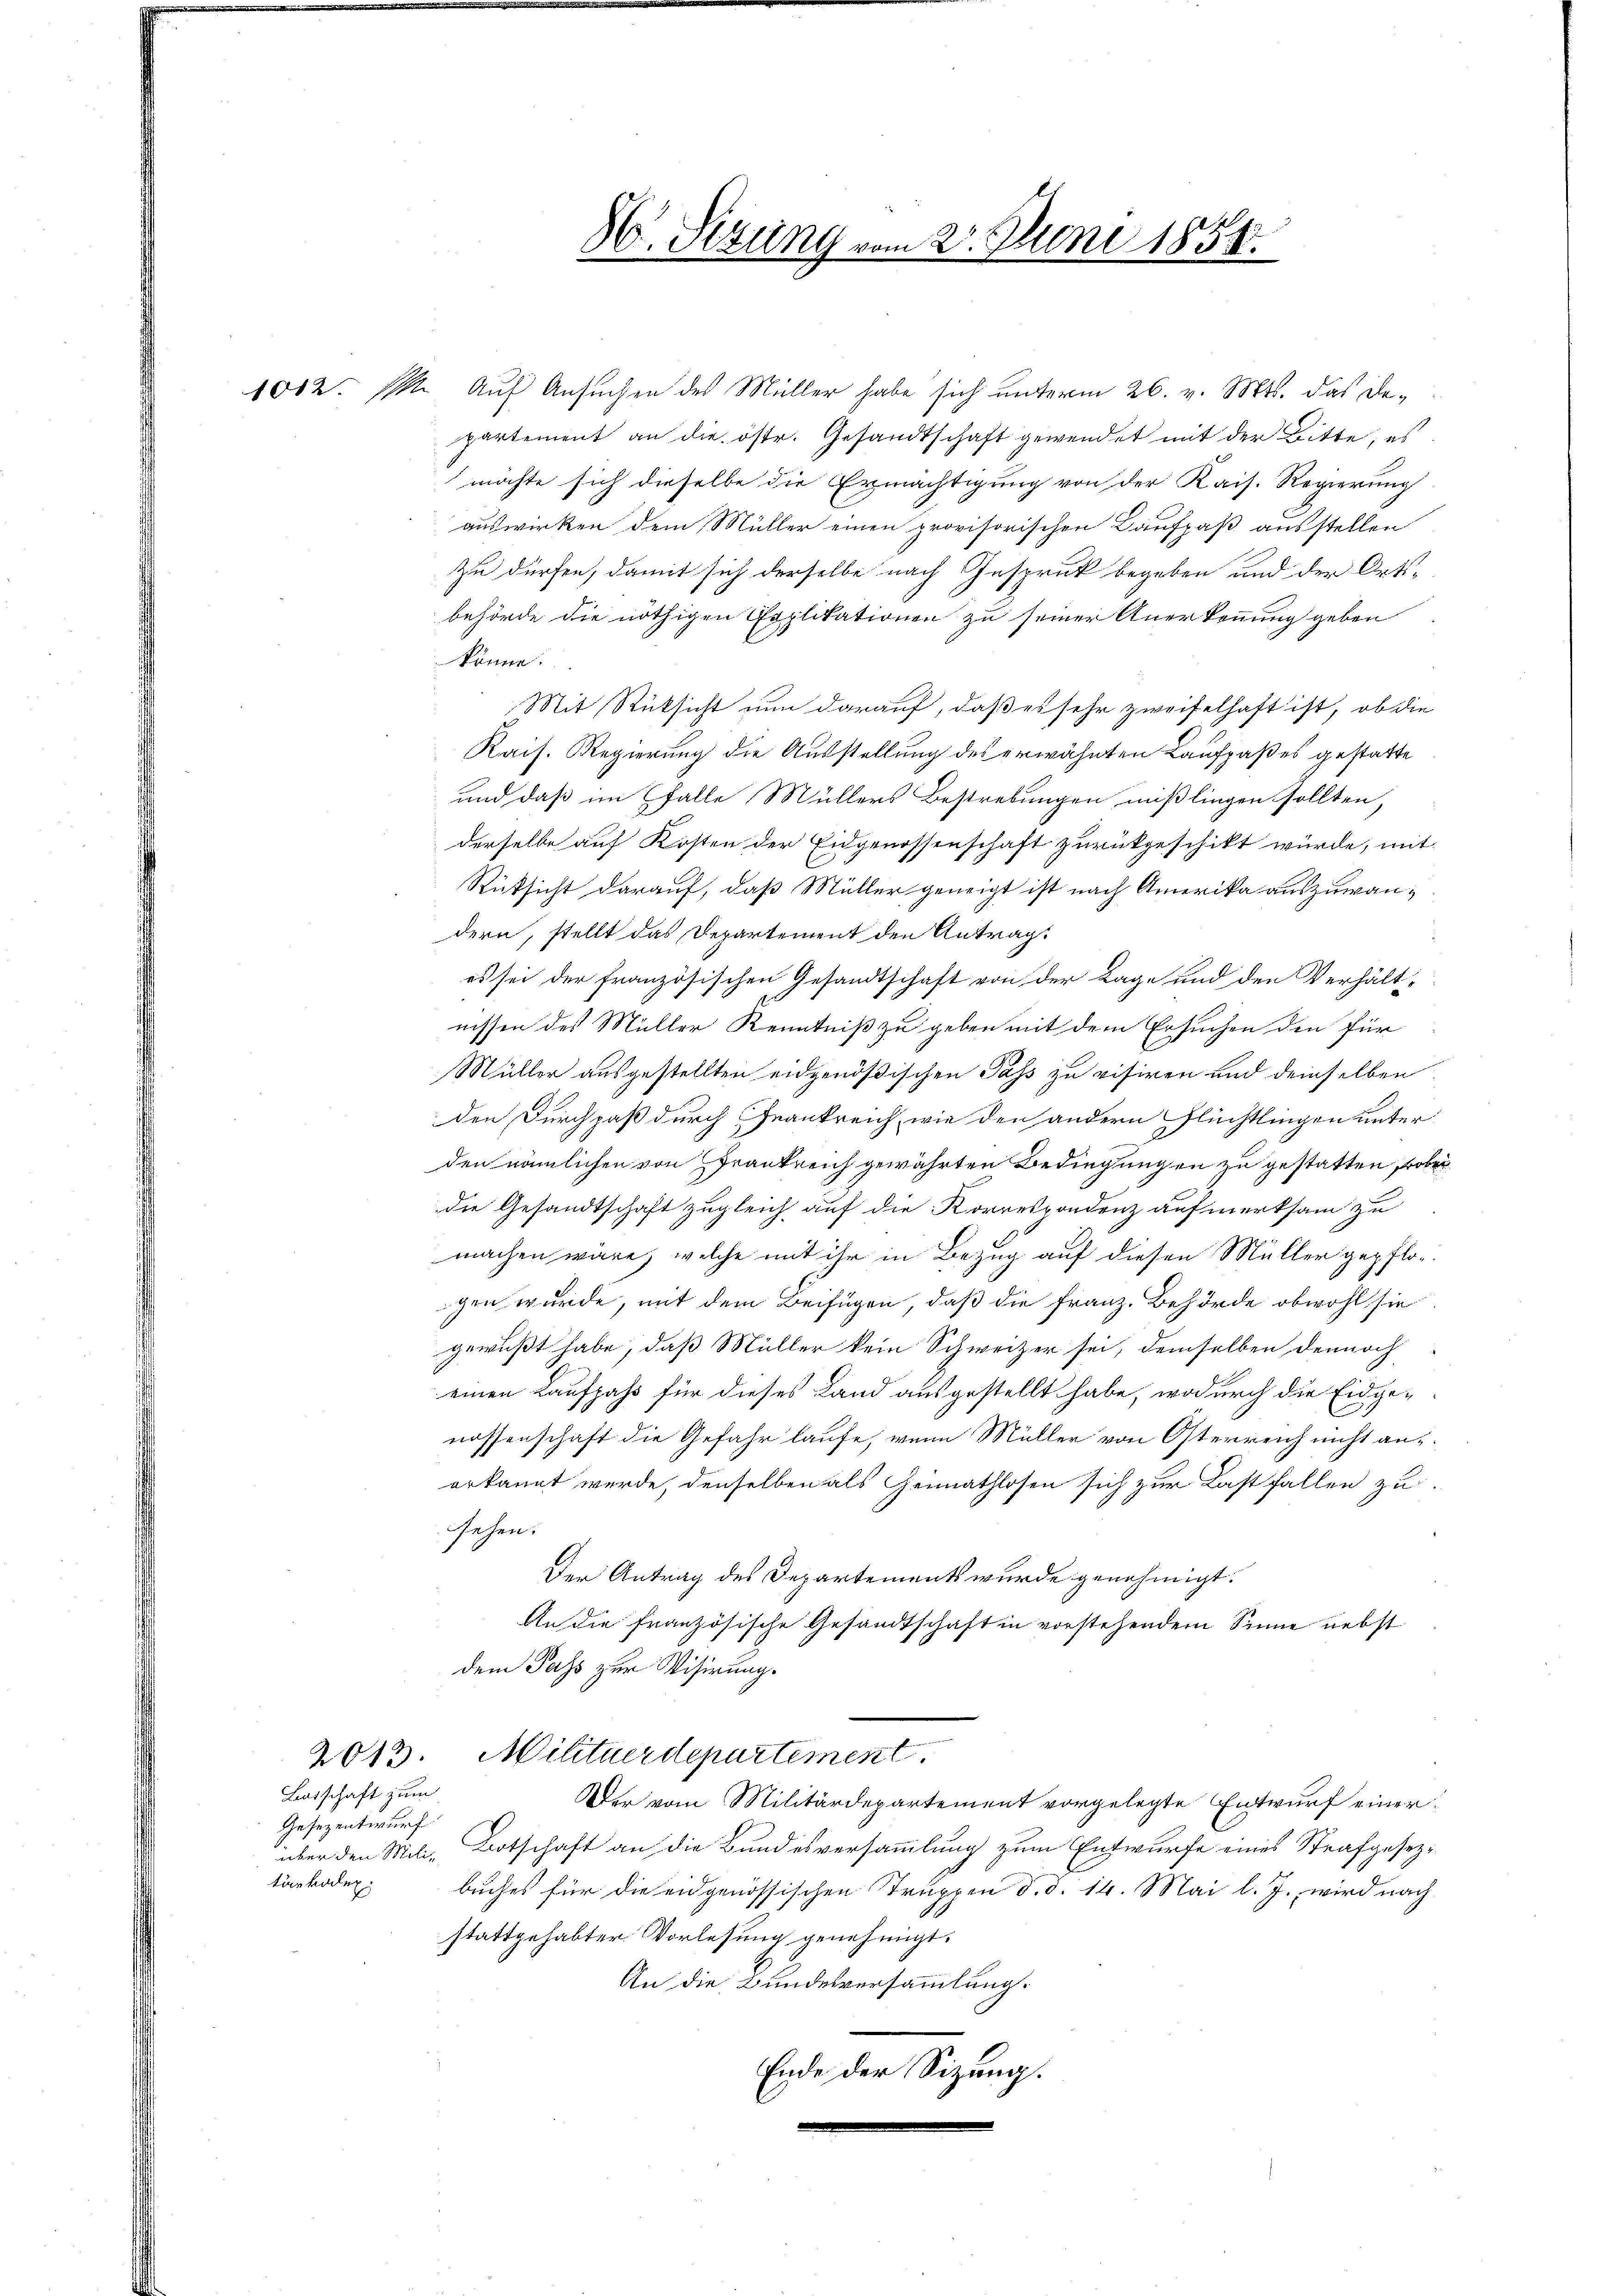
1082. 1. Auf Ansuchen des Müller habe sich unterm 26. v. Mts. das Departement an die östr. Gesandtschaft gewendet mit der Bitte, es
möchte sich dieselbe die Ermächtigung von der Kais. Regierung
auswirken dem Müller einen provisorischen Kaufpaß ausstellen

zu dürfen, damit sich derselbe nach Gespruk begeben und der Orts-
behörde die nöthigen Coplikationen zu seiner Anerkennung geben
könne.
Mit Rüksicht nun darauf, daß es sehr zweifelhaft ist, ob die
Kais. Regierung die Ausstellung des erwähnten Laufpaßes gestatte
und daß im Falle Müllers Bestrebungen mißlingen sollten,
derselbe auf Kosten der Eidgenossenschaft zurückgeschikt würde, mit
Rüksicht darauf, daß Müller geneigt ist nach Amerika auszuwandern, stellt das Departement den Antrag
es sei der französischen Gesandtschaft von der Lage und den Verhält
nissen des Müller Kenntniß zu geben mit dem Ersuchen den für
Müller ausgestellten eidgenößischen Pass zu visiren und demselben
den Durchpaß durch Frankreich, wie den andern Flüchtlingen unter
den nämlichen von Frankreich gewährten Bedingungen zu gestatten, wobei
die Gesandtschaft zugleich auf die Korrespondenz aufmerksam zu
machen wäre, welche mit ihr in Bezug auf diesen Müller gepflogen wurde, mit dem Beifügen, daß die Franz. Behörde obwohl sie
gewußt habe, daß Müller kein Schweizer sei, demselben dennoch
einen Laufzahs für dieses Land ausgestellt habe, wodurch die Eidgenossenschaft die Gefahr laufe, wenn Müller von Osterreich nicht an
erkannt werde, denselben als Heimathlosen sich zur Last fallen zu
sehen.
Der Antrag des Departements wurde genehmigt.
An die französische Gesandtschaft in vorstehendem Sinne nebst
dem Pass zur Visirung.
2013. Militaerdepartement
Der vom Militärdepartement vorgelegte Entwurf einer
über den Mili-Botschaft an die Bundesversammlung zum Entwurfe eines Strafgesezbuches für die eidgenössischen Truppen d. d. 14. Mai l. J., wird nach
stattgehabter Vorlesung genehmigt.
An die Bundesversammlung.
Ende der Sizung.

Latschaft zum
Gesezentwurf
tärkolen.

3. Rezung vom 20. Juni 1858.
.